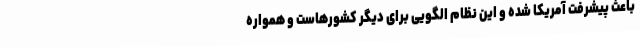
باعث پیشرفت آمریکا شده و این نظام الگویی برای دیگر کشورهاست و همواره